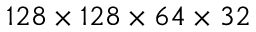
1 2 8 \times 1 2 8 \times 6 4 \times 3 2